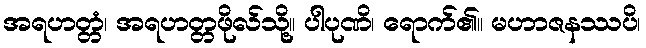
အရဟတ္တံ၊ အရဟတ္တဖိုလ်သို့။ ပါပုဏိ၊ ရောက်၏။ မဟာဇနဿပိ၊